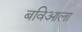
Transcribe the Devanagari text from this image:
बविआला